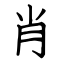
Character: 肖